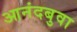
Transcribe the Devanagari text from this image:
आनंदबुवा